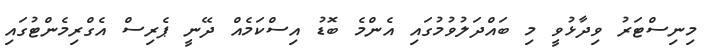
މިނިސްޓަރު ވިދާޅުވީ މި ބައްދަލުވުމުގައި އެންމެ ބޮޑު އިސްކަމެއް ދޭނީ ޕެރިސް އެގްރިމެންޓުގައި